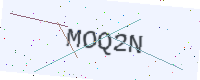
Text: MOQ2N